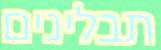
תבלינים